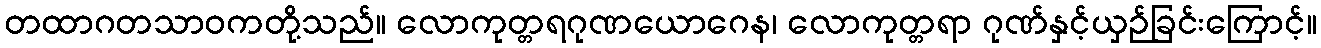
တထာဂတသာဝကတို့သည်။ လောကုတ္တရဂုဏယောဂေန၊ လောကုတ္တရာ ဂုဏ်နှင့်ယှဉ်ခြင်းကြောင့်။